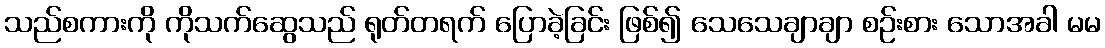
သည်စကားကို ကိုသက်ဆွေသည် ရုတ်တရက် ပြောခဲ့ခြင်း ဖြစ်၍ သေသေချာချာ စဉ်းစား သောအခါ မမ